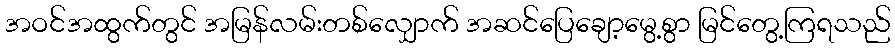
အဝင်အထွက်တွင် အမြန်လမ်းတစ်လျှောက် အဆင်ပြေချော့မွေ့စွာ မြင်တွေ့ကြရသည်